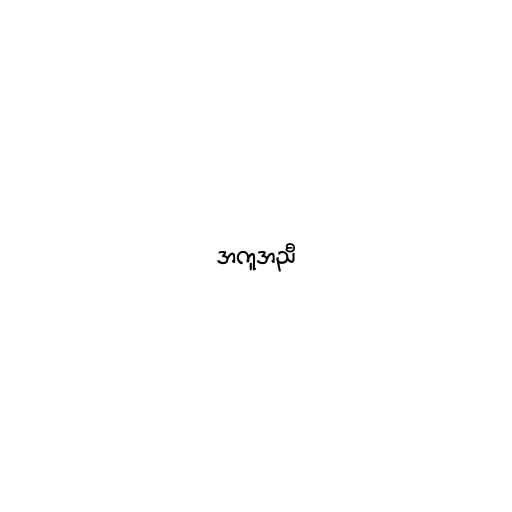
အကူအညီ